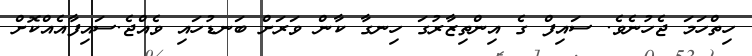
ހިތްހަމަ ޖެހުނެވެ. ސައިފް ގެ އިންތިޒާރުގަ ހިނގާ ކާން ވަރަށް ބަނޑުހައި ވެއްޖެ.ސައިފާއެއްކޮށް